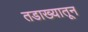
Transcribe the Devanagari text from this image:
तडाख्यातून